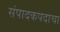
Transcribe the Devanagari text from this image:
संपादकपदाचा